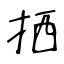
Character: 拪